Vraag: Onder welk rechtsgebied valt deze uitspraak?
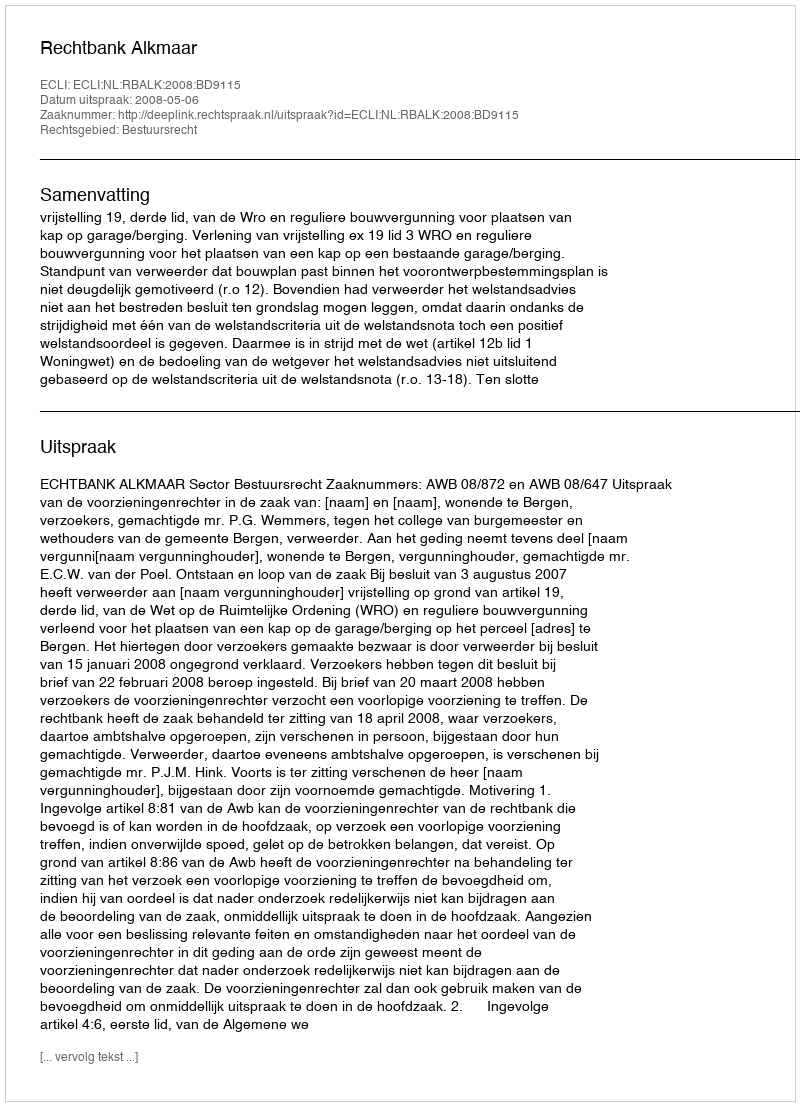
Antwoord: Bestuursrecht